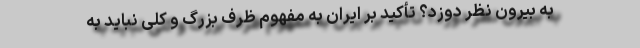
به بیرون نظر دوزد؟ تأکید بر ایران به مفهوم ظرف بزرگ و کلی نباید به